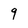
Character: 9